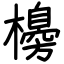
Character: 櫋